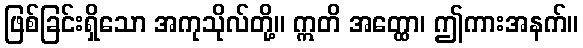
ဖြစ်ခြင်းရှိသော အကုသိုလ်တို့။ ဣတိ အတ္ထော၊ ဤကားအနက်။